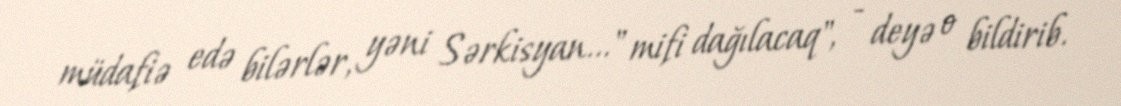
müdafiə edə bilərlər, yəni Sərkisyan..." mifi dağılacaq", - deyə o bildirib.